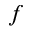
f